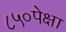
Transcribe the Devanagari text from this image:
८५०पेक्षा